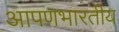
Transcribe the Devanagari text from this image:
आपणभारतीय